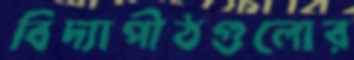
বিদ্যাপীঠগুলোর